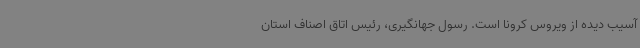
آسیب دیده از ویروس کرونا است. رسول جهانگیری، رئیس اتاق اصناف استان